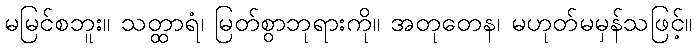
မမြင်စဘူး။ သတ္ထာရံ၊ မြတ်စွာဘုရားကို။ အတုတေန၊ မဟုတ်မမှန်သဖြင့်။